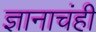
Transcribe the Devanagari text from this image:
ज्ञानाचंही